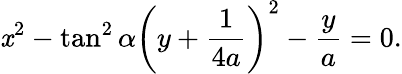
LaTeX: \mathit{x}^{2}-\tan^{2}\alpha\left(y+{\frac{{1}}{{4a}}}\right)^{2}-{\frac{{y}}{{a}}}=0.